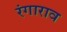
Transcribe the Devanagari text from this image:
रंगाराव